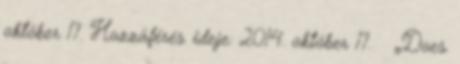
október 17. Hozzáférés ideje: 2014. október 17. ↑ „Does